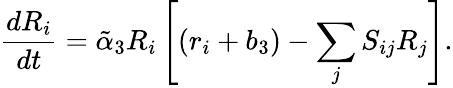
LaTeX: {\frac{dR_{i}}{dt}}=\tilde{\alpha}_{3}R_{i}\left[(r_{i}+b_{3})-\sum_{j}S_{ij}R_{j}\right].